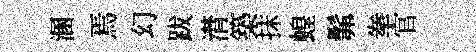
溷焉幻跋潸築抹蝗髴拳官